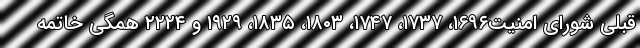
قبلی شورای امنیت۱۶۹۶، ۱۷۳۷، ۱۷۴۷، ۱۸۰۳، ۱۸۳۵، ۱۹۲۹ و ۲۲۲۴ همگی خاتمه